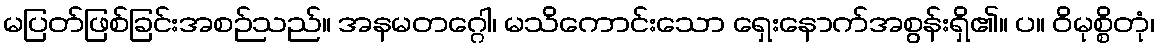
မပြတ်ဖြစ်ခြင်းအစဉ်သည်။ အနမတဂ္ဂေါ၊ မသိကောင်းသော ရှေးနောက်အစွန်းရှိ၏။ ပ။ ဝိမုစ္စိတုံ၊